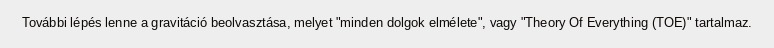
További lépés lenne a gravitáció beolvasztása, melyet "minden dolgok elmélete", vagy "Theory Of Everything (TOE)" tartalmaz.